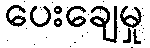
ပေးချေမှု